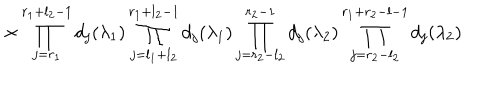
\times \prod _ { j = r _ { 1 } } ^ { r _ { 1 } + l _ { 2 } - 1 } d _ { j } ( \lambda _ { 1 } ) \prod _ { j = l _ { 1 } + l _ { 2 } } ^ { r _ { 1 } + l _ { 2 } - 1 } d _ { j } ( \lambda _ { 1 } ) \prod _ { j = r _ { 2 } - l _ { 2 } } ^ { r _ { 2 } - 1 } d _ { j } ( \lambda _ { 2 } ) \prod _ { j = r _ { 2 } - l _ { 2 } } ^ { r _ { 1 } + r _ { 2 } - l - 1 } d _ { j } ( \lambda _ { 2 } )